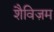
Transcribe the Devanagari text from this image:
शैविज़म